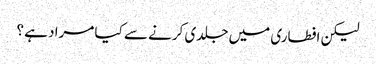
لیکن افطاری میں جلدی کرنے سے کیا مراد ہے ؟